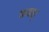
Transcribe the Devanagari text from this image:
कमश्